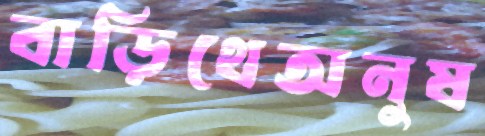
বাড়িথেঅনুষ